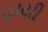
હાયી